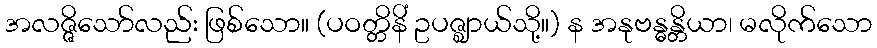
အလဇ္ဇိသော်လည်း ဖြစ်သော။ (ပဝတ္တိနိံ ဥပဇ္ဈာယ်သို့။) န အနုဗန္ဓန္တိယာ၊ မလိုက်သော